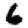
Digit: 6